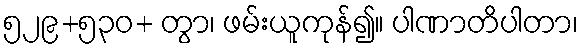
၅၂၉+၅၃၀+ တွာ၊ ဖမ်းယူကုန်၍။ ပါဏာတိပါတာ၊